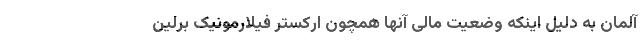
آلمان به دلیل اینکه وضعیت مالی آنها همچون ارکستر فیلارمونیک برلین